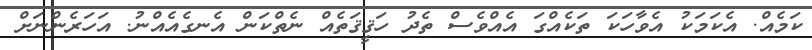
ކަމެއް. އެކަމަކު އެވާހަކަ ތަކެއްގަ އެއްވެސް ތެދު ހަޤީޤަތެއް ނެތްކަން އެނގެއެއްނު. އަހަރެންނަށް